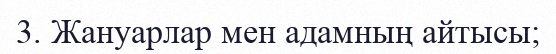
3. Жануарлар мен адамның айтысы;